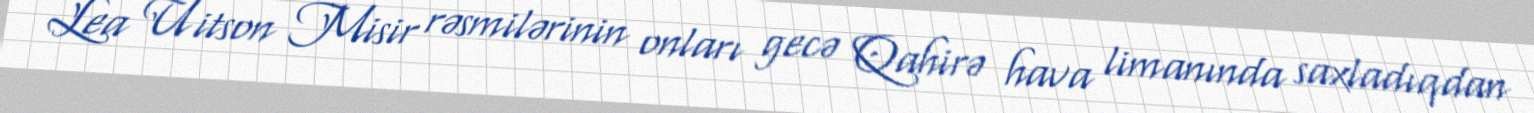
Lea Uitson Misir rəsmilərinin onları gecə Qahirə hava limanında saxladıqdan